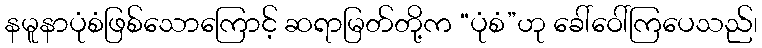
နမူနာပုံစံဖြစ်သောကြောင့် ဆရာမြတ်တို့က “ပုံစံ”ဟု ခေါ်ဝေါ်ကြပေသည်၊